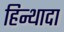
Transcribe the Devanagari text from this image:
हिन्थादा